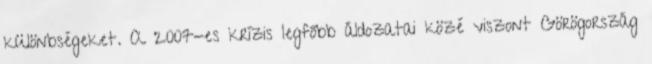
különbségeket. A 2007-es krízis legfőbb áldozatai közé viszont Görögország